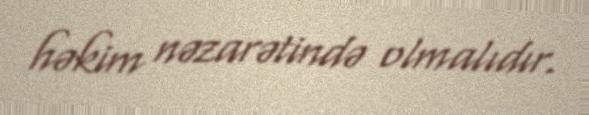
həkim nəzarətində olmalıdır.